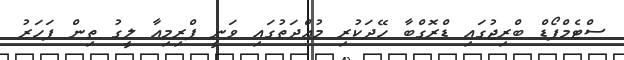
ސްޓެމްފޯޑް ބްރިޖުގައި ޑްރޮގްބާ ހޭދަކުރި މުއްދަތުގައި ވަނީ ޕްރިމިއާ ލީގު ތިން ފަހަރު